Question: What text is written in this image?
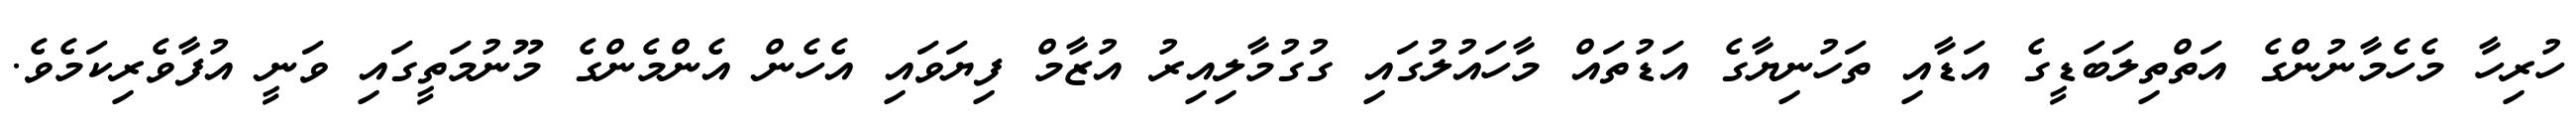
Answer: ހުރިހާ މެހެމާނުންގެ އަތްތިލަބަޑީގެ އަޑާއި ތަހުނިޔާގެ އަޑުތައް މާހައުލުގައި ގުގުމާލިއިރު އުޒާމް ފިޔަވައި އެހެން އެންމެންގެ މޫނުމަތީގައި ވަނީ އުފާވެރިކަމެވެ.